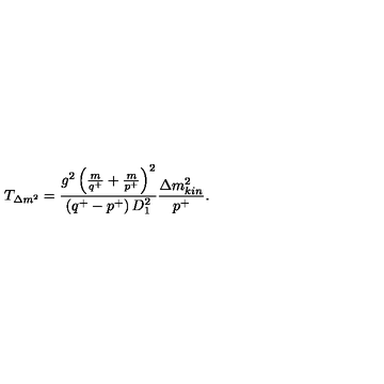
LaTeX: T _ { \Delta m ^ { 2 } } = \frac { g ^ { 2 } \left( \frac { m } { q ^ { + } } + \frac { m } { p ^ { + } } \right) ^ { 2 } } { \left( q ^ { + } - p ^ { + } \right) D _ { 1 } ^ { 2 } } \frac { \Delta m _ { k i n } ^ { 2 } } { p ^ { + } } .